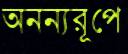
অনন্যরূপে